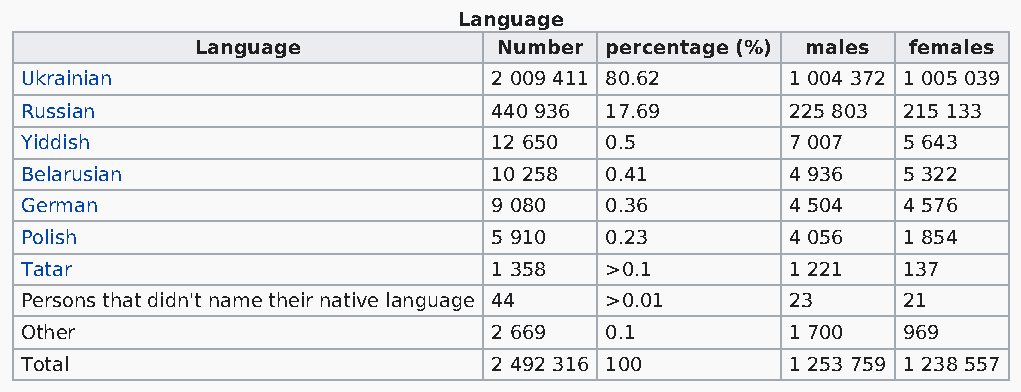
Language
 Language            Number percentage (%) males females
 Ukrainian                       2 009 411 80.62    1 004 372 1 005 039
 Russian                         440 936 17.69      225 803 215 133
 Yiddish                         12 650 0.5         7 007   5 643
 Belarusian                      10 258 0.41        4 936   5 322
 German                          9 080  0.36        4 504   4 576
 Polish                          5 910  0.23        4 056   1 854
 Tatar                           1 358  >0.1        1 221   137
 Persons that didn't name their native language 44 >0.01 23 21
 Other                           2 669  0.1         1 700   969
 Total                           2 492 316 100      1 253 759 1 238 557